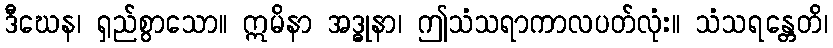
ဒီဃေန၊ ရှည်စွာသော။ ဣမိနာ အဒ္ဓုနာ၊ ဤသံသရာကာလပတ်လုံး။ သံသရန္တေတိ၊